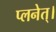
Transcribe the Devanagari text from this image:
प्लनेत्।